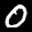
Label: 0